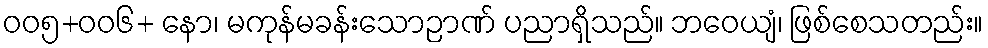
၀၀၅+၀၀၆+ နော၊ မကုန်မခန်းသောဉာဏ် ပညာရှိသည်။ ဘဝေယျံ၊ ဖြစ်စေသတည်း။